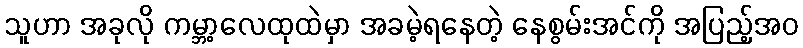
သူဟာ အခုလို ကမ္ဘာ့လေထုထဲမှာ အခမဲ့ရနေတဲ့ နေစွမ်းအင်ကို အပြည့်အဝ